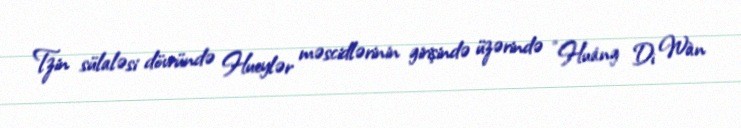
Tzin sülaləsi dövründə Hueylər məscidlərinin girişində üzərində "Huáng Dì Wàn